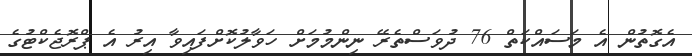
އެގޮތުން އެ މަސައްކަތް 76 ދުވަސްތެރޭ ނިންމުމަށް ހަވާލުކޮށްފައިވާ އިރު އެ ޕްރޮޖެކްޓުގެ